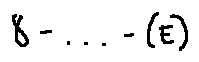
8 - \cdots - ( E )